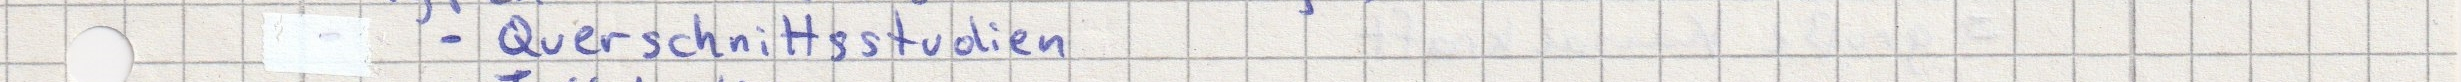
- Querschnittsstudien